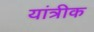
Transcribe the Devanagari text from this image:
यांत्रीक